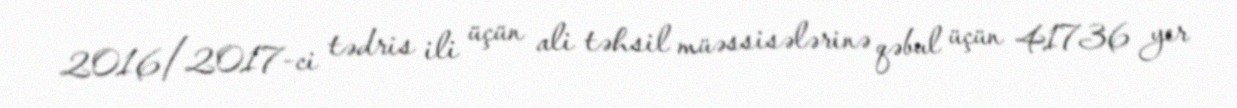
2016/2017-ci tədris ili üçün ali təhsil müəssisələrinə qəbul üçün 41736 yer